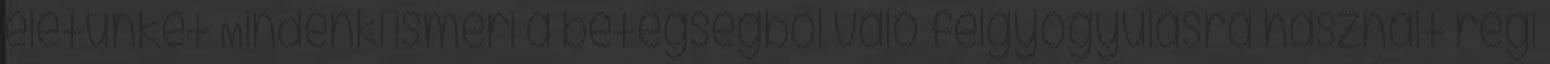
életünket Mindenki ismeri a betegségből való felgyógyulásra használt régi